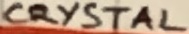
Text: CRYSTAL